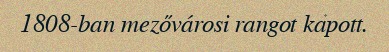
1808-ban mezővárosi rangot kapott.